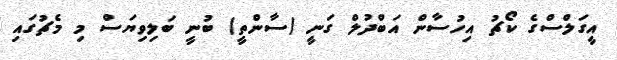
އީގަލްސްގެ ކޯޗު އިހުސާން އަބްދުލް ގަނީ (ސާންތީ) ބުނީ ބަލިވިޔަސް މި މެޗުގައި